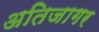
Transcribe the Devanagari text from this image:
अतिजागर